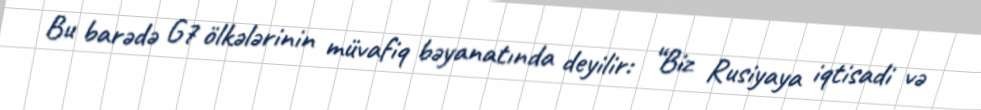
Bu barədə G7 ölkələrinin müvafiq bəyanatında deyilir: “Biz Rusiyaya iqtisadi və